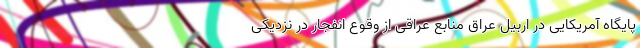
پایگاه آمریکایی در اربیل عراق منابع عراقی از وقوع انفجار در نزدیکی